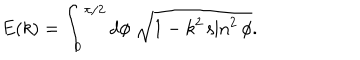
E ( k ) = \int _ { 0 } ^ { \pi / 2 } d \phi ~ \sqrt { 1 - k ^ { 2 } \sin ^ { 2 } \phi } .